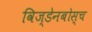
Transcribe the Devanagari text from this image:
विज्डेनबोस्च